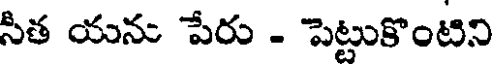
సిత యను పేరు - పెట్టుకొంటిని